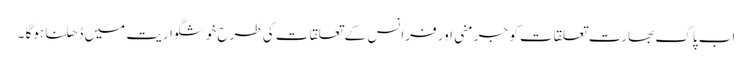
اب پاک بھارت تعلقات کو جرمنی اور فرانس کے تعلقات کی طرح خوشگواریت میں ڈھلنا ہوگا ۔